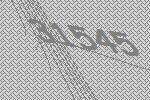
31545